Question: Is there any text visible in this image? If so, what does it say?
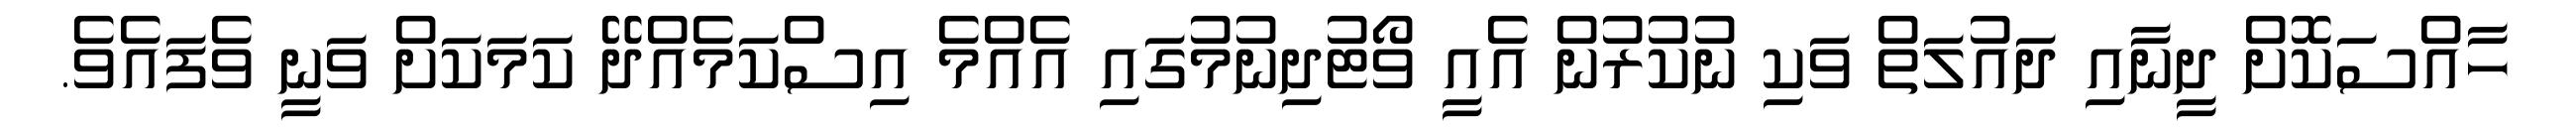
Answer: ހާއްސަކޮށް ދީނާއި ދައުލަތް ވަކި ނުކުރުން އެއީ ވޯޓުދިނުމުގައި އެއްމެ އިސްކަމެއްދޭ ކަމަކަށް ވަނީ ވެފައެވެ.